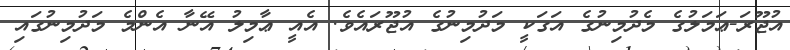
އުޖޫރަ-ޢަމަލުގެ މެދުމިނުގެ އަގަކީ މަދުމިނުގެ އުޖޫރައެވެ. އެއީ ޢާމިލު އޭނާ އެންމެ މަދުމިނުގައި